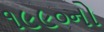
૧૯૯૦નો